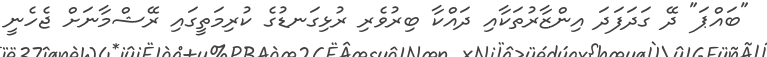
"ބައްޕަ" ދޭ ގަދަފަދަ އިންޒާރުތަކާއި ދައްކާ ބިރުވެރި ރުޅިގަނޑުގެ ކުރިމަތީގައި ރޭޝްމާނަށް ޖެހެނީ